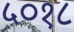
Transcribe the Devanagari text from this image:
५०१८